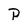
Character: P